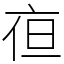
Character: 亱